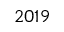
2 0 1 9